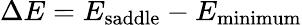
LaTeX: \Delta E=E_{\mathrm{saddle}}-E_{\mathrm{minimum}}